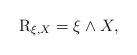
LaTeX: \begin{align*} {\rm R} _{\xi, X} = \xi \wedge X, \end{align*}